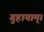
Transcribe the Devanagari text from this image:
गुहायाम्।